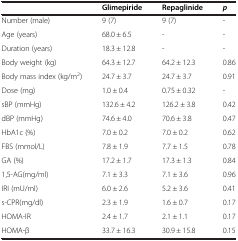
<table><thead><tr><td><b> </b></td><td><b>Glimepiride</b></td><td><b>Repaglinide</b></td><td><b><i>p</i></b></td></tr></thead><tbody><tr><td>Number (male)</td><td>9 (7)</td><td>9 (7)</td><td>-</td></tr><tr><td>Age (years)</td><td>68.0 ± 6.5</td><td>-</td><td>-</td></tr><tr><td>Duration (years)</td><td>18.3 ± 12.8</td><td>-</td><td>-</td></tr><tr><td>Body weight (kg)</td><td>64.3 ± 12.7</td><td>64.2 ± 12.3</td><td>0.86</td></tr><tr><td>Body mass index (kg/m<sup>2</sup>)</td><td>24.7 ± 3.7</td><td>24.7 ± 3.7</td><td>0.91</td></tr><tr><td>Dose (mg)</td><td>1.0 ± 0.4</td><td>0.75 ± 0.32</td><td>-</td></tr><tr><td>sBP (mmHg)</td><td>132.6 ± 4.2</td><td>126.2 ± 3.8</td><td>0.42</td></tr><tr><td>dBP (mmHg)</td><td>74.6 ± 4.0</td><td>70.6 ± 3.8</td><td>0.47</td></tr><tr><td>HbA1c (%)</td><td>7.0 ± 0.2</td><td>7.0 ± 0.2</td><td>0.62</td></tr><tr><td>FBS (mmol/L)</td><td>7.8 ± 1.9</td><td>7.7 ± 1.5</td><td>0.78</td></tr><tr><td>GA (%)</td><td>17.2 ± 1.7</td><td>17.3 ± 1.3</td><td>0.84</td></tr><tr><td>1,5-AG(mg/ml)</td><td>7.1 ± 3.3</td><td>7.1 ± 3.6</td><td>0.96</td></tr><tr><td>IRI (mU/ml)</td><td>6.0 ± 2.6</td><td>5.2 ± 3.6</td><td>0.41</td></tr><tr><td>s-CPR(mg/dl)</td><td>2.3 ± 1.9</td><td>1.6 ± 0.7</td><td>0.17</td></tr><tr><td>HOMA-IR</td><td>2.4 ± 1.7</td><td>2.1 ± 1.1</td><td>0.17</td></tr><tr><td>HOMA-β</td><td>33.7 ± 16.3</td><td>30.9 ± 15.8</td><td>0.15</td></tr></tbody></table>